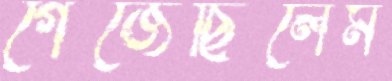
গেঁজেছিলেম